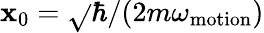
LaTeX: \mathbf{x}_{0}=\sqrt{}{{\hbar/(2m\omega_{\mathrm{{motion}}})}}